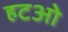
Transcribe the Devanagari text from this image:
हटओ